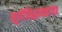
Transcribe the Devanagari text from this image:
सूर्यसिद्धान्ताचा